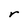
Character: r